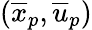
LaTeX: (\overline{{x}}_{p},\overline{{u}}_{p})